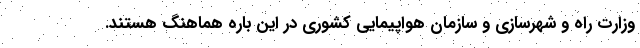
وزارت راه و شهرسازی و سازمان هواپیمایی کشوری در این باره هماهنگ هستند.